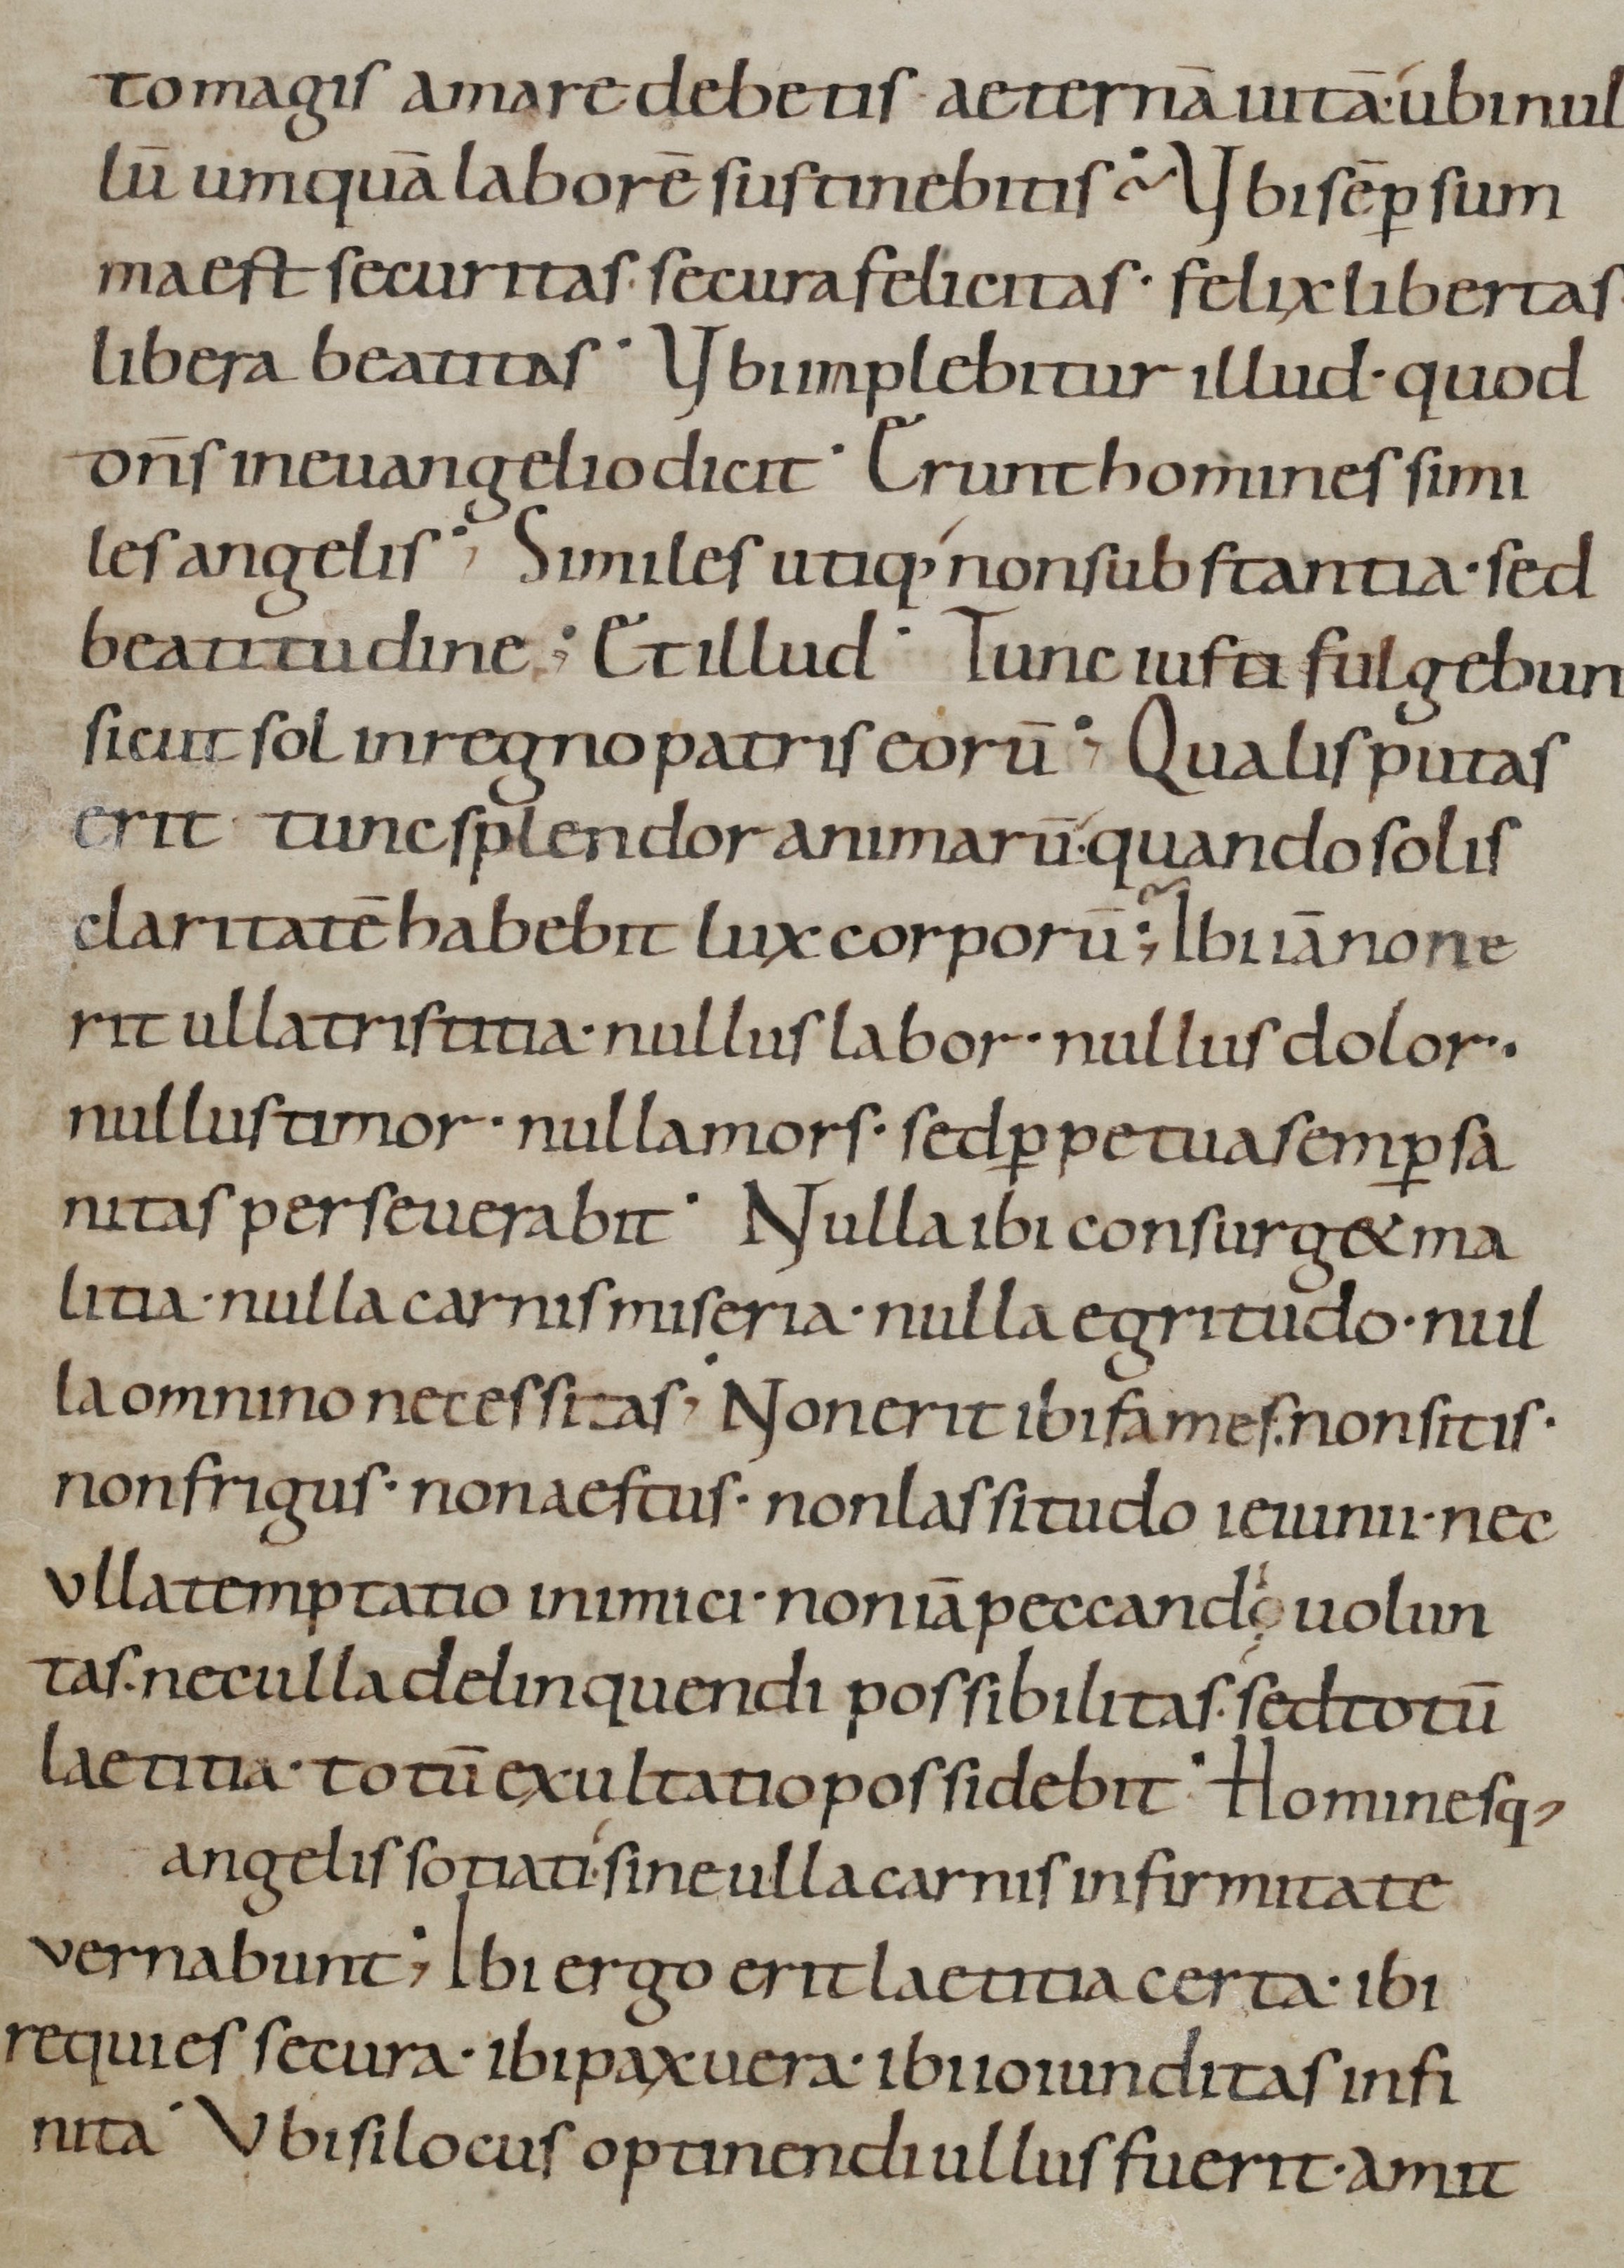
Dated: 800–999